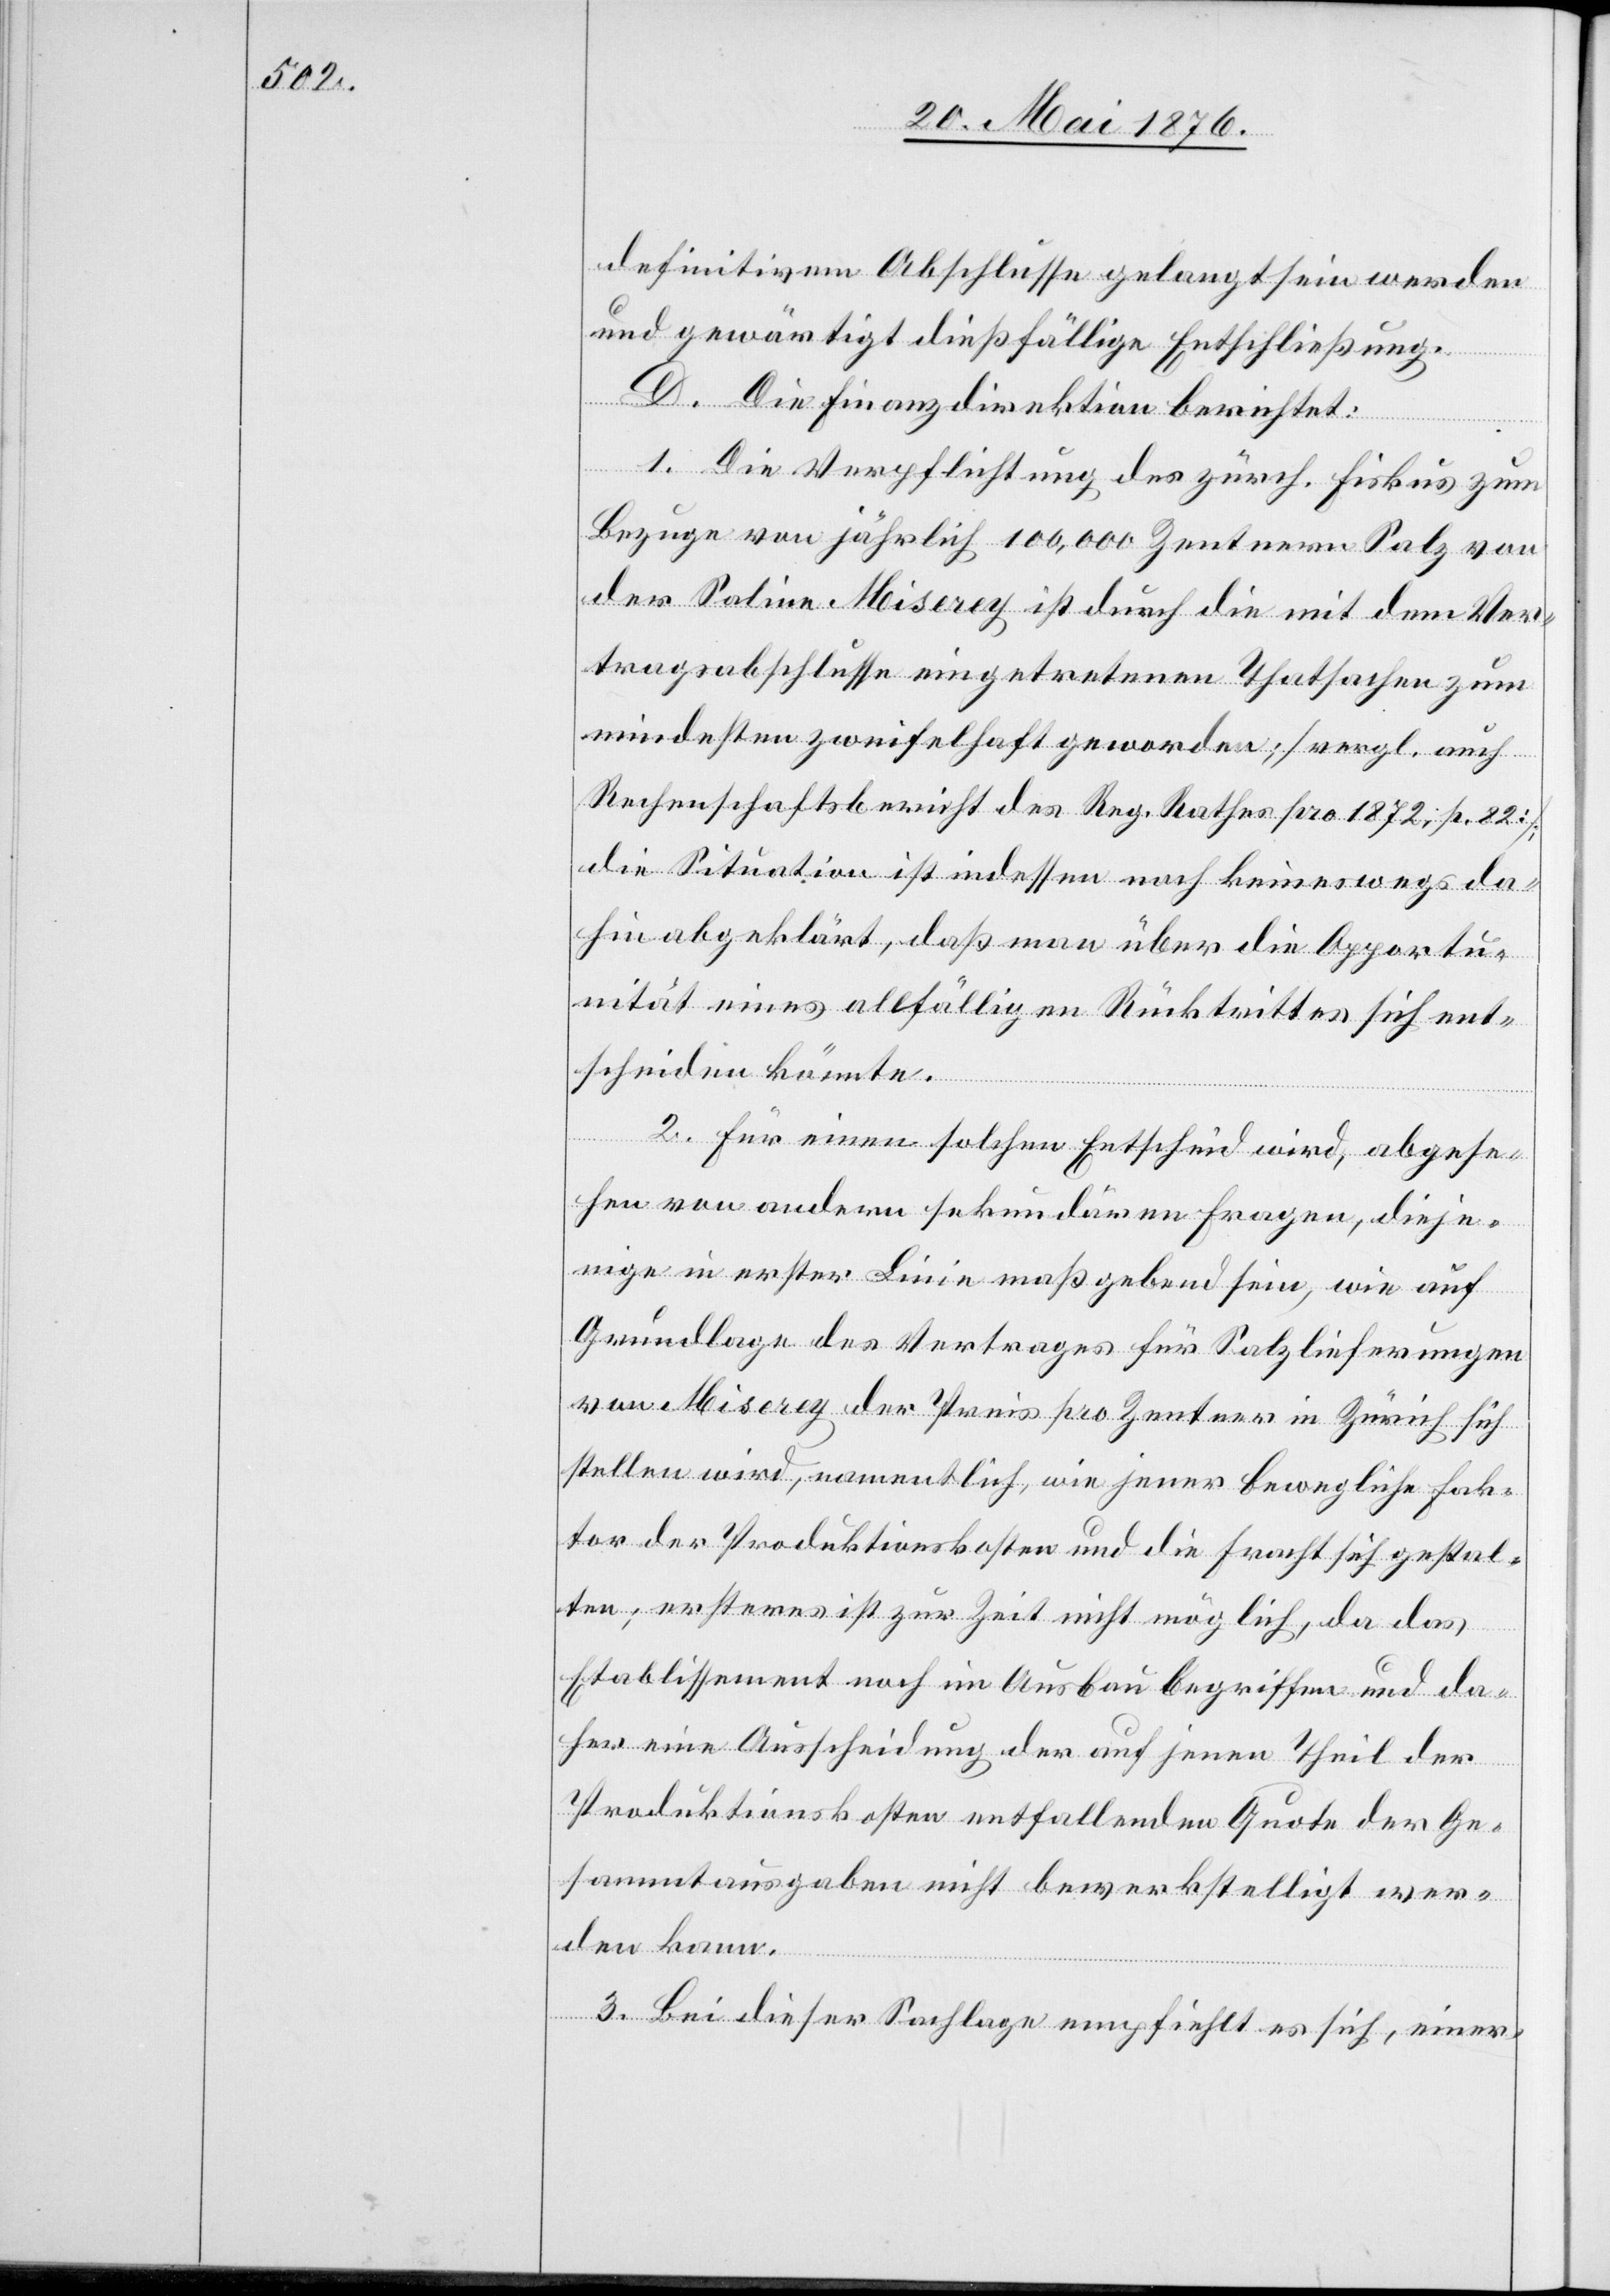
definitivem Abschlusse gelangt sein werden
und gewärtigt dießfällige Entschließung.
D. Die Finanzdirektion berichtet:
1. Die Verpflichtung des zürch. Fiskus zum
Bezuge von jährlich 100,000 Zentnern Salz von
der Saline Miserey ist durch die dem Ver¬
tragsabschlusse eingetretenen Thatsachen zum
mindesten zweifelhaft geworden [vergl. auch
Rechenschaftsbericht des Reg. Rathes pro 1872]; d¬
ie Situation ist indessen noch keineswegs da¬
hin abgeklärt, daß man über die Opportu¬
nität eines allfälligen Rücktrittes sich ent¬
scheiden könnte.
2. Für einen solchen Entscheid wird, abgese¬
hen von andern sekundären Fragen, dieje¬
nige in erster Linie maßgebend sein, wie auf
Grundlage des Vertrages für Salzlieferungen
von Miserey der Preis pro Zentner in Zürich sich
stellen wird, namentlich, wie jener bewegliche Fak¬
tor der Produktionskosten und die Fracht sich gestal¬
ten; ersteres ist zur Zeit nicht möglich, da das
Etablissement noch im Ausbau begriffen und da¬
her eine Ausscheidung der auf jenen Theil der
Produktionskosten entfallenden Quote der Ge¬
sammtausgaben nicht bewerkstelligt wer¬
den kann.
3. Bei dieser Sachlage empfiehlt es sich, einer-